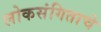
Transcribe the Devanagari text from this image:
लोकसंगिताचे